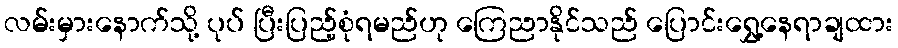
လမ်းမှားနောက်သို့ ပုပ် ပြီးပြည့်စုံရမည်ဟု ကြေညာနိုင်သည် ပြောင်းရွှေ့နေရာချထား